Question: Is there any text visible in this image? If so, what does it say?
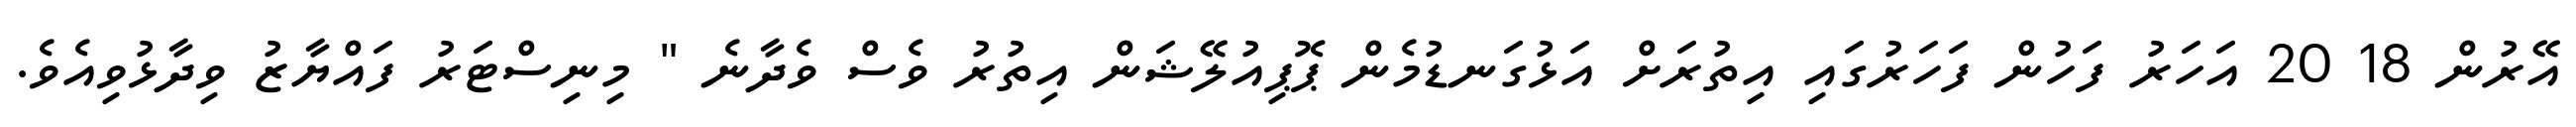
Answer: އޭރުން 18 20 އަހަރު ފަހުން ފަހަރުގައި އިތުރަށް އަޅުގަނޑުމެން ޕޮޕިއުލޭޝަން އިތުރު ވެސް ވެދާނެ " މިނިސްޓަރު ފައްޔާޒު ވިދާޅުވިއެވެ.